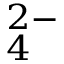
_ { 4 } ^ { 2 - }